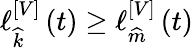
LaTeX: \ell{}_{\widehat{k}}^{\left[V\right]}\left(t\right)\geq\ell{}_{\widehat{m}}^{\left[V\right]}\left(t\right)